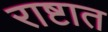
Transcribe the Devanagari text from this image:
राष्टात